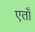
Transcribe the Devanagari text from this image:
एताँ